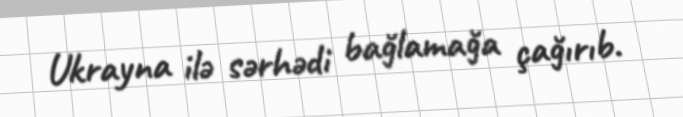
Ukrayna ilə sərhədi bağlamağa çağırıb.